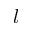
l